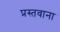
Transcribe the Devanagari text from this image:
प्रस्तवाना